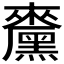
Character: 𪒁